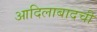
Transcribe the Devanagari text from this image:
आदिलाबादची